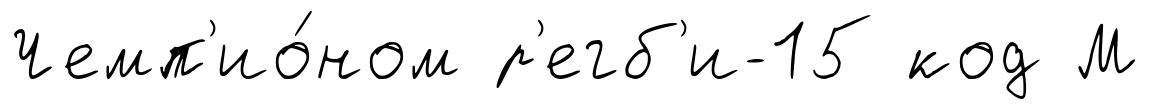
Чемп'ио́ном р'егб'и-15 код М